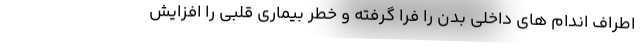
اطراف اندام های داخلی بدن را فرا گرفته و خطر بیماری قلبی را افزایش